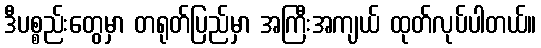
ဒီပစ္စည်းတွေမှာ တရုတ်ပြည်မှာ အကြီးအကျယ် ထုတ်လုပ်ပါတယ်။